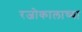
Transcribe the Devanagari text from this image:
रजोकालाच्या